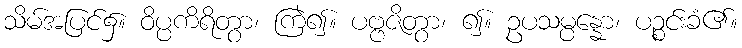
သိမ်အပြင်၌။ ဝိပ္ပကိရိတွာ၊ ကြဲ၍။ ပဗ္ဗဇိတွာ၊ ၍။ ဥပသမ္ပန္နော၊ ပဉ္စင်းခံ၏။